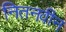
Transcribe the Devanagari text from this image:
नितनवीन